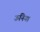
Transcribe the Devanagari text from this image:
ऊनिया